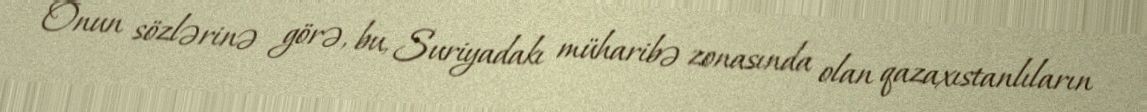
Onun sözlərinə görə, bu, Suriyadakı müharibə zonasında olan qazaxıstanlıların